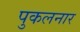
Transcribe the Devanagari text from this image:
पुकलनार